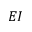
E I